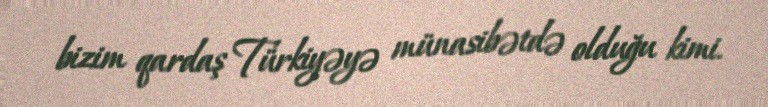
bizim qardaş Türkiyəyə münasibətdə olduğu kimi.